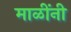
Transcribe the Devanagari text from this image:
माळींनी